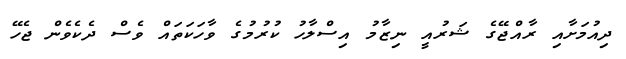
ދިއުމަށާއި ރާއްޖޭގެ ޝަރުއީ ނިޒާމު އިސްލާހު ކުރުމުގެ ވާހަކަތައް ވެސް ދެކެވެން ޖެހޭ